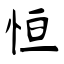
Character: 恒